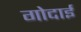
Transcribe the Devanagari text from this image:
गोदाई